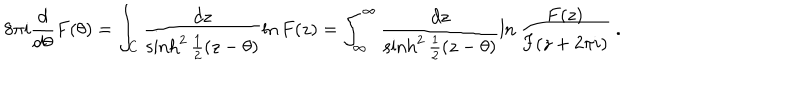
8 \pi i \frac { d } { d \theta } F ( \theta ) = \int _ { C } \frac { d z } { \sinh ^ { 2 } { \frac { 1 } { 2 } ( z - \theta ) } } \ln F ( z ) = \int _ { \infty } ^ { \infty } \frac { d z } { \sinh ^ { 2 } { \frac { 1 } { 2 } ( z - \theta ) } } \ln { \frac { F ( z ) } { F ( z + 2 \pi i ) } } \ .